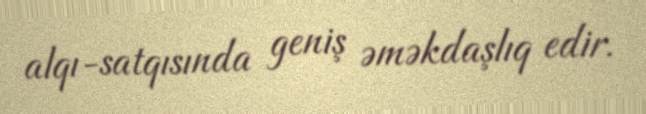
alqı-satqısında geniş əməkdaşlıq edir.